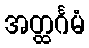
အတ္ထင်္ဂမံ